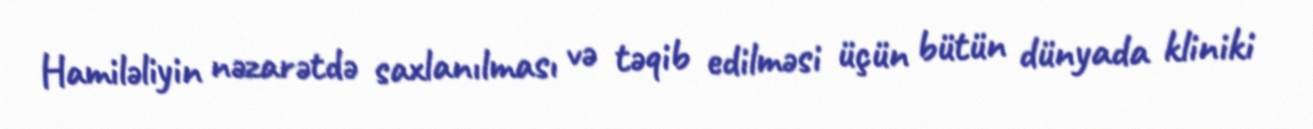
Hamiləliyin nəzarətdə saxlanılması və təqib edilməsi üçün bütün dünyada kliniki